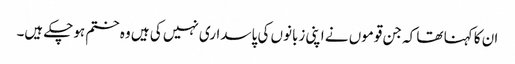
ان کا کہنا تھا کہ جن قوموں نے اپنی زبانوں کی پاسداری نہیں کی ہیں وہ ختم ہوچکے ہیں۔